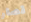
قصار